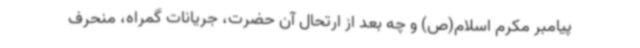
پیامبر مکرم اسلام(ص) و چه بعد از ارتحال آن حضرت، جریانات گمراه، منحرف